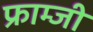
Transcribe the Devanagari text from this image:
फ्राम्जी